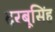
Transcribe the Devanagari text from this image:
दरबूसिंह